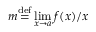
m { \stackrel { \mathrm { d e f } } { = } } \operatorname* { l i m } _ { x \rightarrow a } f ( x ) / x